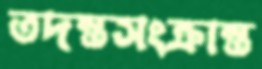
তদন্তসংক্রান্ত